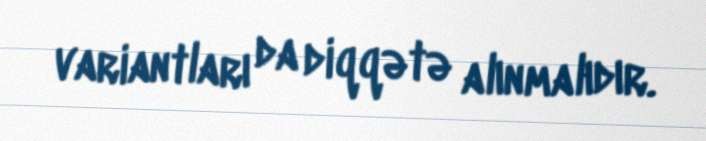
variantları da diqqətə alınmalıdır.